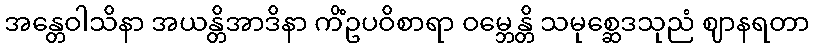
အန္တေဝါသိနာ အယန္တိအာဒိနာ ကိံဥပဝိစာရာ ဝမ္ဘေန္တိ သမုစ္ဆေဒသုညံ ဈာနရတာ